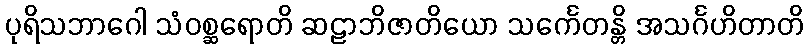
ပုရိသဘာဂေါ သံဝစ္ဆရောတိ ဆဠာဘိဇာတိယော သင်္ကေတန္တိ အသင်္ဂဟိတာတိ